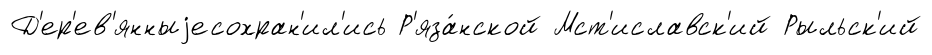
Д'ер'ев'янныjесохран'ил'ись Р'яза́нской Мст'иславск'ий Рыльск'ий